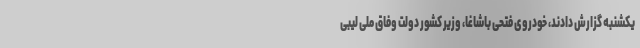
یکشنبه گزارش دادند، خودروی فتحی باشاغا، وزیر کشور دولت وفاق ملی لیبی